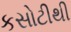
કસોટીથી